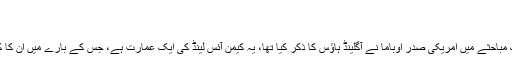
الیکس کوبھم
امریکی دولت
سنہ 2008 میں نیو ہمشائر میں ہونے والے ایک مباحثے میں امریکی صدر اوباما نے آگلینڈ ہاؤس کا ذکر کیا تھا، یہ کیمن آئس لینڈ کی ایک عمارت ہے، جس کے بارے میں اُن کا کہنا تھا کہ وہاں 12 ہزار کمپنیوں کے دفاتر ہیں۔